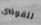
للفوضى